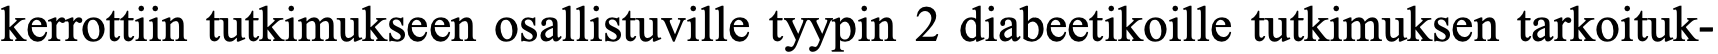
kerrottiin tutkimukseen osallistuville tyypin 2 diabeetikoille tutkimuksen tarkoituk-